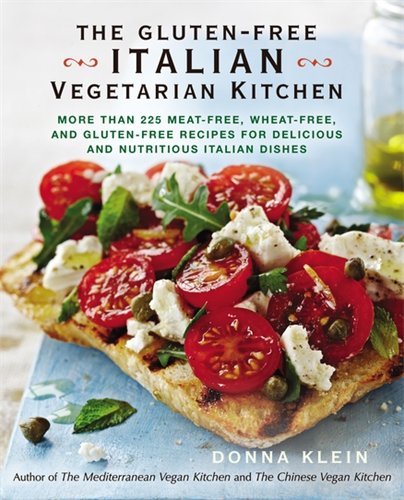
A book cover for The Gluten-Free Italian Vegetarian Kitchen: More Than 225 Meat-Free, Wheat-Free, and Gluten-Free Recipes for Delicious and N utricious Italian Dishes; Donna Klein; Cookbooks, Food & Wine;